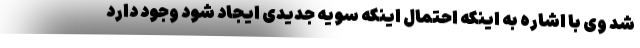
شد وی با اشاره به اینکه احتمال اینکه سویه جدیدی ایجاد شود وجود دارد